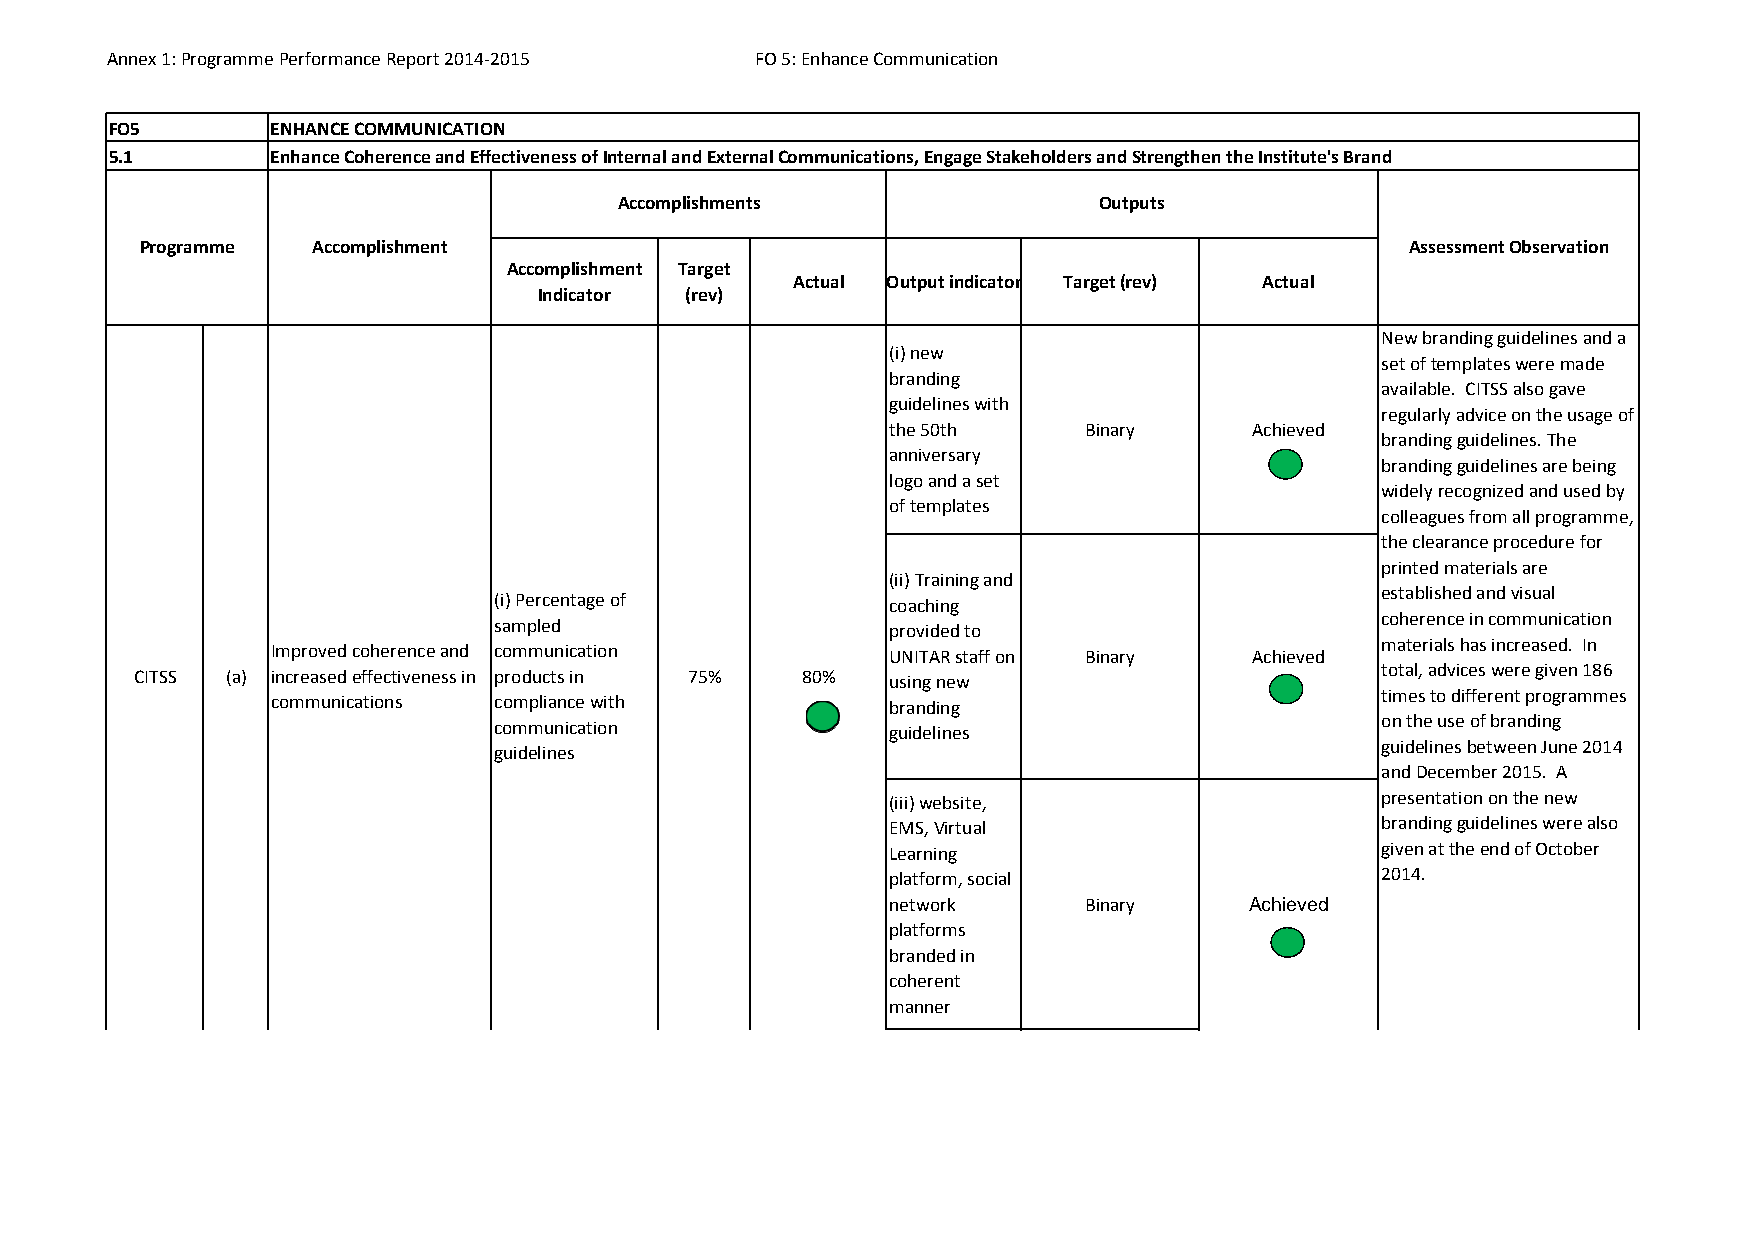
Annex 1: Programme Performance Report 2014‐2015 FO 5: Enhance Communication
 FO5        ENHANCE COMMUNICATION
 5.1        Enhance Coherence and Effectiveness of Internal and External Communications, Engage Stakeholders and Strengthen the Institute's Brand
 Accomplishments                 Outputs
 Programme   Accomplishment                                                          Assessment Observation
 Accomplishment Target
 Actual Output indicator Target (rev) Actual
 Indicator (rev)
 New branding guidelines and a
 (i) new
 set of templates were made
 branding
 available. CITSS also gave
 guidelines with
 regularly advice on the usage of
 the 50th     Binary     Achieved
 branding guidelines. The
 anniversary
 branding guidelines are being
 logo and a set
 widely recognized and used by
 of templates
 colleagues from all programme,
 the clearance procedure for
 printed materials are
 (ii) Training and
 established and visual
 (i) Percentage of         coaching
 coherence in communication
 sampled                   provided to
 materials has increased. In
 Improved coherence and communication     UNITAR staff on Binary  Achieved
 total, advices were given 186
 CITSS (a) increased effectiveness in products in 75% 80% using new
 times to different programmes
 communications compliance with           branding
 on the use of branding
 communication             guidelines
 guidelines between June 2014
 guidelines
 and December 2015. A
 (iii) website,                  presentation on the new
 EMS, Virtual                    branding guidelines were also
 Learning                        given at the end of October
 platform, social                2014.
 network      Binary     Achieved
 platforms
 branded in
 coherent
 manner